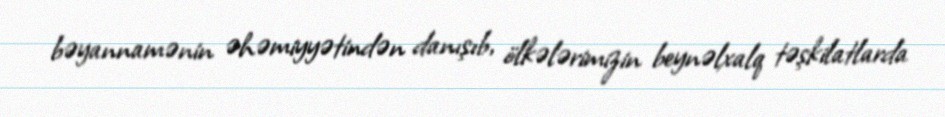
bəyannamənin əhəmiyyətindən danışıb, ölkələrimizin beynəlxalq təşkilatlarda